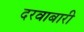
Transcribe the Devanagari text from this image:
दरवाबारी